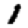
Digit: 1